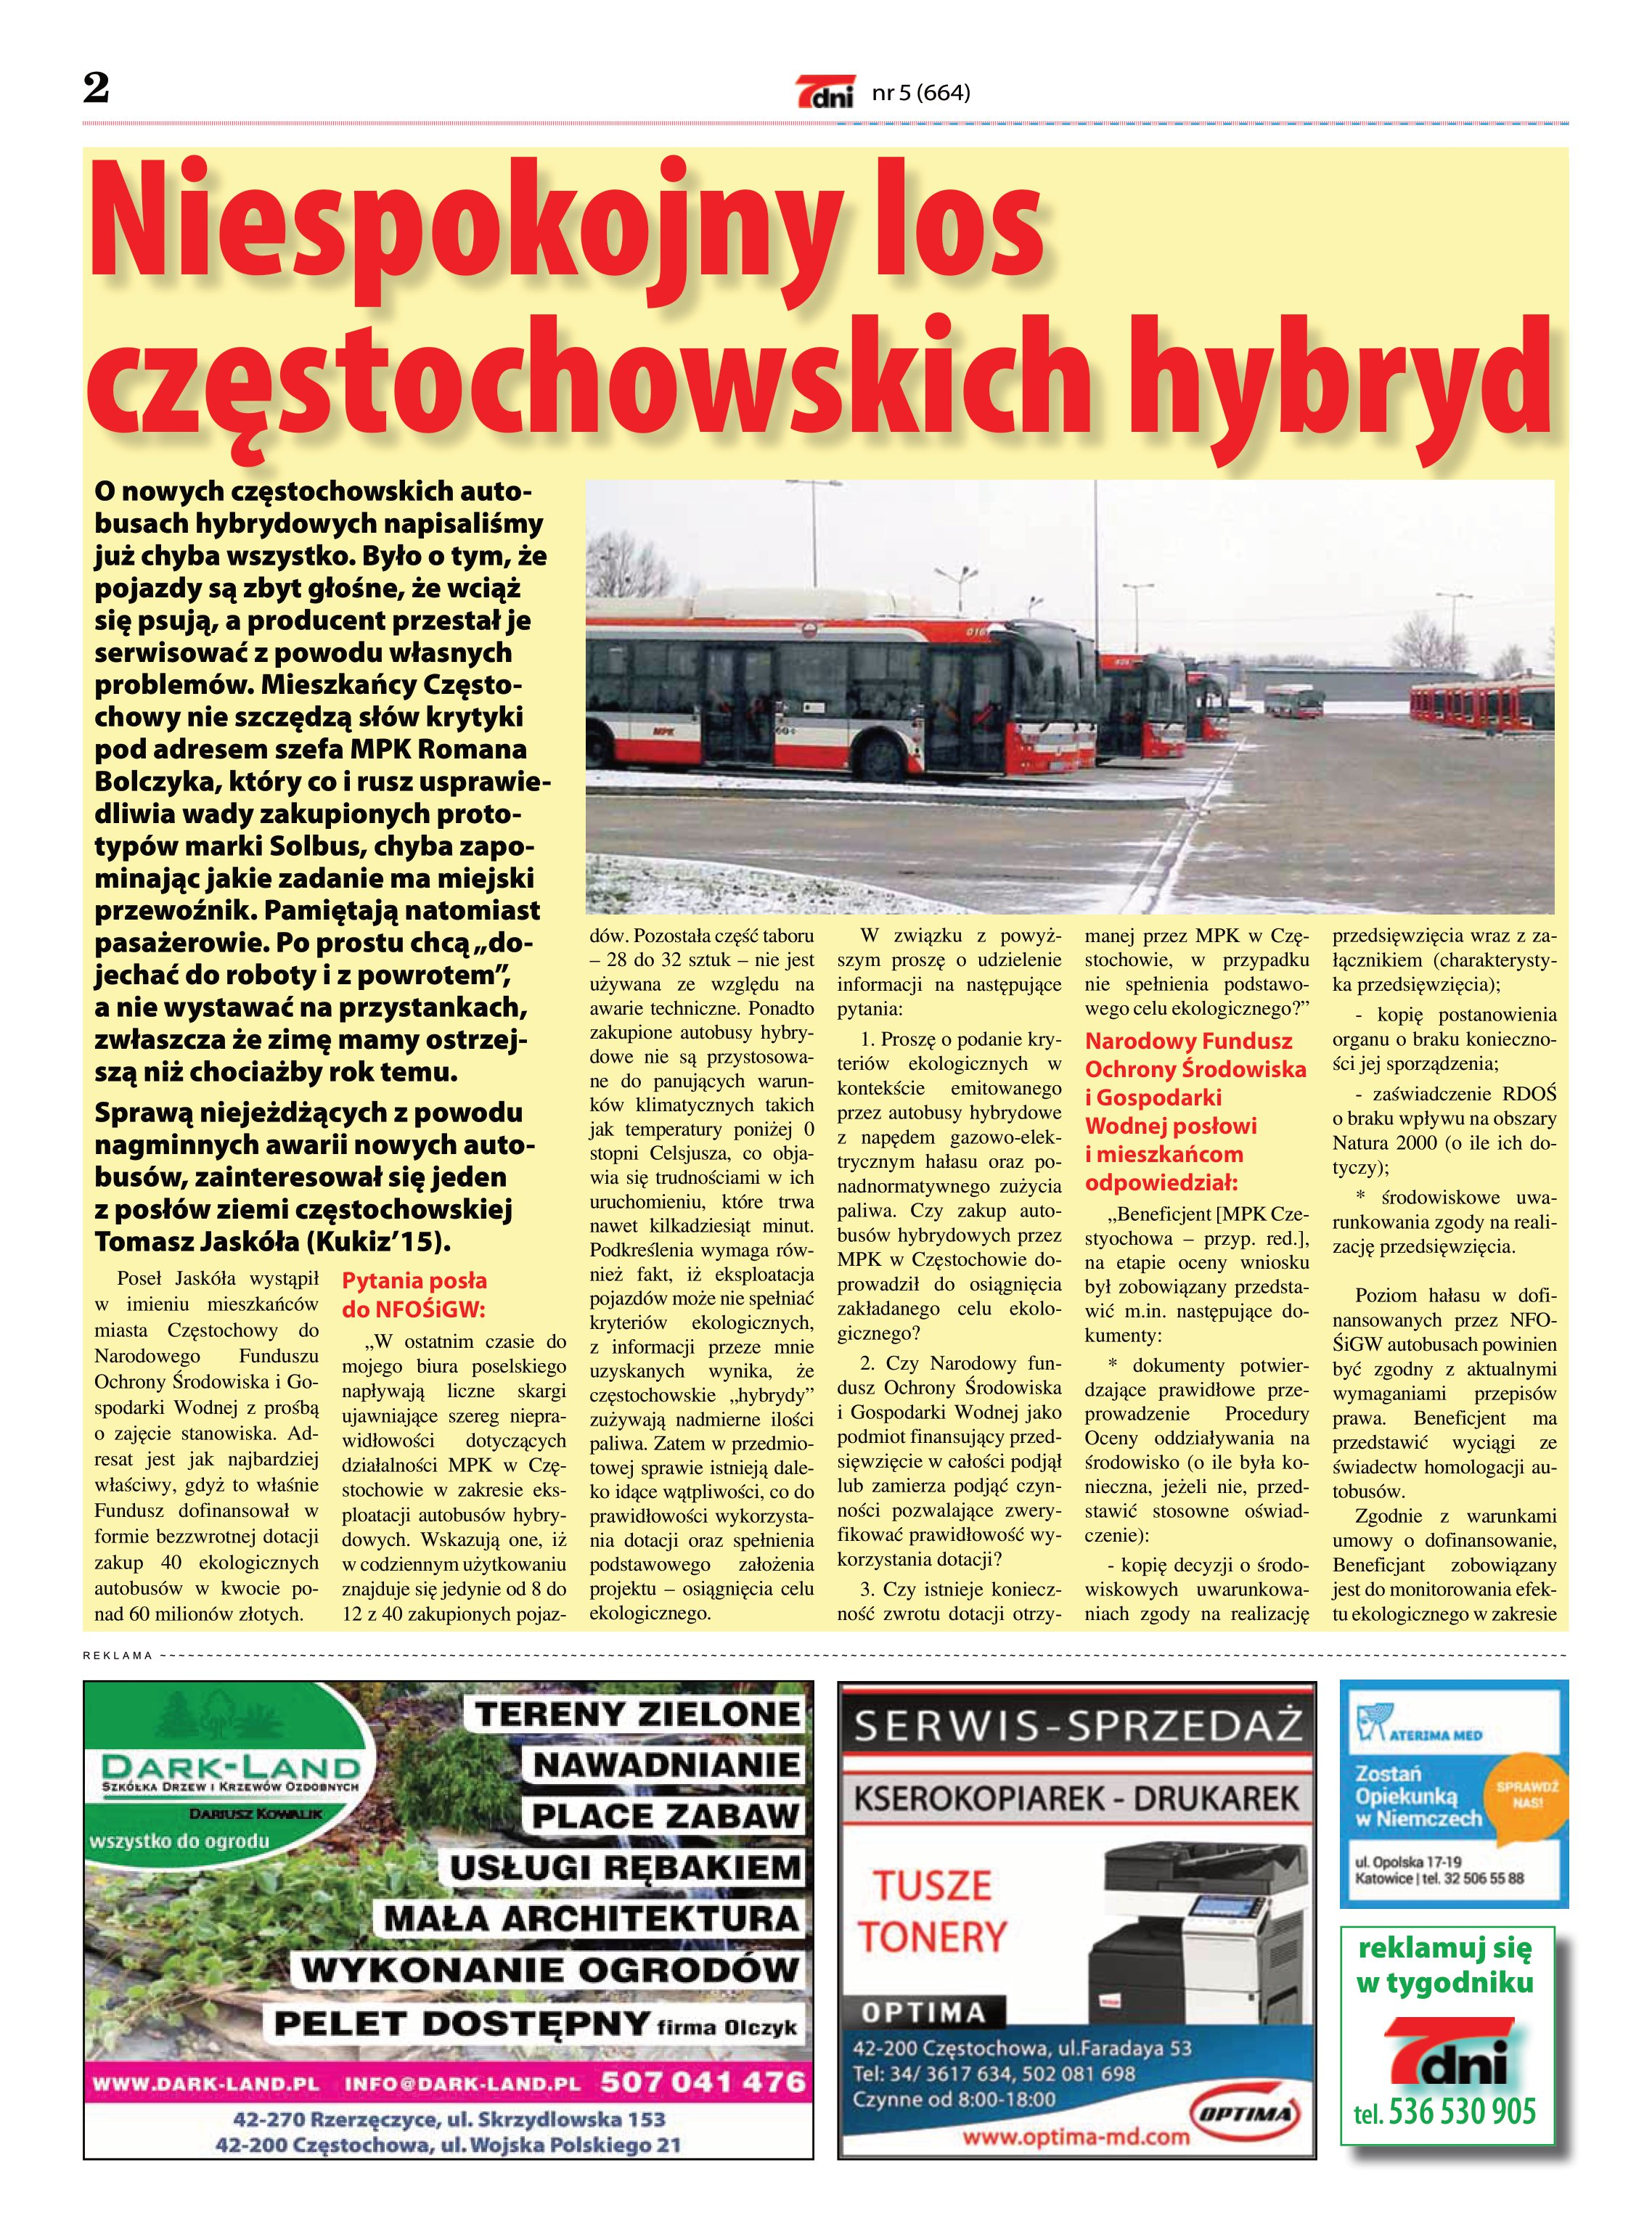
Language: pl